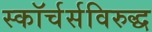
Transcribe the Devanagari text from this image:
स्कॉर्चर्सविरुद्ध